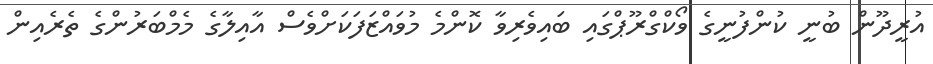
އުރީދޫން ބުނީ ކުންފުނީގެ ވޯކްގްރޫޕްގައި ބައިވެރިވާ ކޮންމެ މުވައްޒަފަކަށްވެސް އާއިލާގެ މެމްބަރުންގެ ތެރެއިން